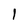
Character: l